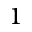
^ { 1 }